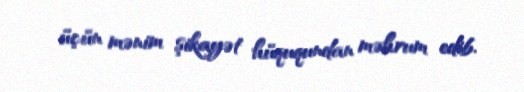
üçün mənim şikayət hüququndan məhrum edib.